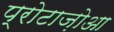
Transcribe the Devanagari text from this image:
प्रोटाज़ोआ